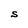
Character: S